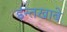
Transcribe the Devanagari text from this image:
इन्तखाबे